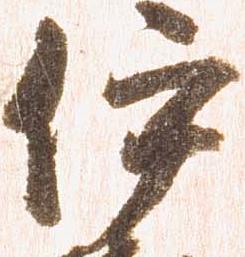
伊